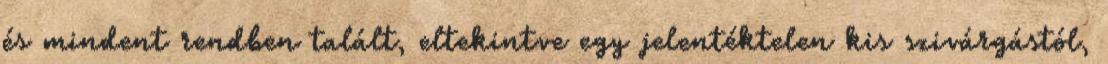
és mindent rendben talált, eltekintve egy jelentéktelen kis szivárgástól,